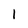
Character: 1